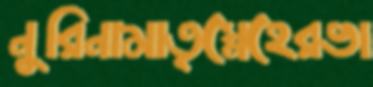
নুরিনামাতৃস্নেহেরভা